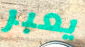
يعبر